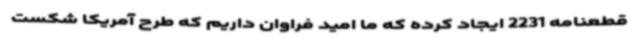
قطعنامه 2231 ایجاد کرده که ما امید فراوان داریم که طرح آمریکا شکست